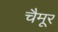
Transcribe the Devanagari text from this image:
चैमूर